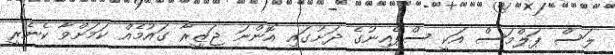
ލަސް ޕަލްމަސް އަކީ ސްޕެއިނުގެ ދަށުގައި އޮންނަ ޖަޒީރާ ގައުމެއް ކަމަށްވާ ކެނެރީ